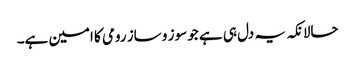
حالانکہ یہ دل ہی ہے جو سوز و ساز رومی کا امین ہے۔